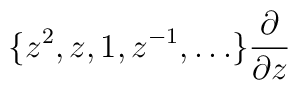
\{z^{2}, z, 1, z^{-1},\ldots\} \frac{\partial}{\partial z}